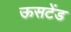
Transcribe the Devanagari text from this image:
ऊसटेंड